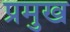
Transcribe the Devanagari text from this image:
प्रमुख्‍ा